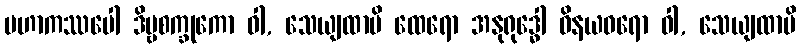
မဟာကဿပေါ ဒိဗ္ဗစက္ခုကော ဝါ, သေယျထာပိ ထေရော အနုရုဒ္ဓေါ ဝိနယဓရော ဝါ, သေယျထာပိ